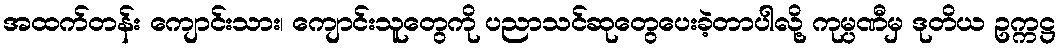
အထက်တန်း ကျောင်းသား၊ ကျောင်းသူတွေကို ပညာသင်ဆုတွေပေးခဲ့တာပါလို့ ကုမ္ပဏီမှ ဒုတိယ ဥက္ကဋ္ဌ